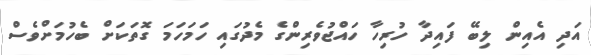
އަދި އެއިން ލިބޭ ފައިދާ ހުރިހާ ހައްޖުވެރިންގެ މެދުގައި ހަމަހަމަ ގޮތަކަށް ބެހުމަށްވެސް